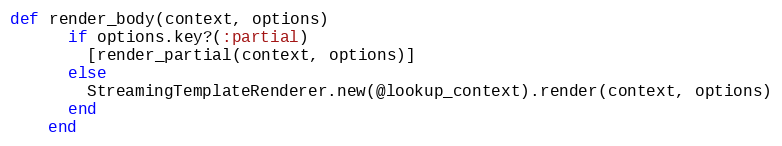
Language: Ruby
def render_body(context, options)
      if options.key?(:partial)
        [render_partial(context, options)]
      else
        StreamingTemplateRenderer.new(@lookup_context).render(context, options)
      end
    end